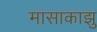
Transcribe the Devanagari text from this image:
मासाकाझु